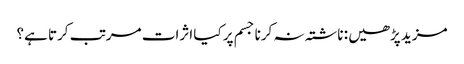
مزید پڑھیں : ناشتہ نہ کرنا جسم پر کیا اثرات مرتب کرتا ہے؟